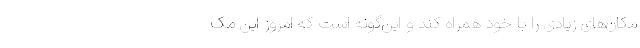
مکان‌های زیادی را با خود همراه کند و این‌گونه است که امروز این مک